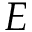
E